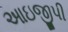
આઇજીપી